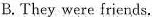
B. They were friends.